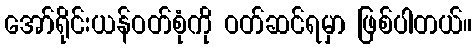
အော်ရိုင်းယန်ဝတ်စုံကို ဝတ်ဆင်ရမှာ ဖြစ်ပါတယ်။